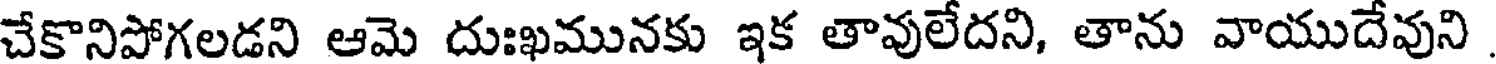
చేకానిపోగలడని ఆమె దుఃఖమునకు ఇక తావులేదని, తాను వాయుదేవుని